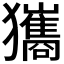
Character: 𤣑